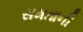
સમતાની